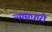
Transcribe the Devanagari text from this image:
न्यासधारी